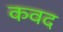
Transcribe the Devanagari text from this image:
कवद